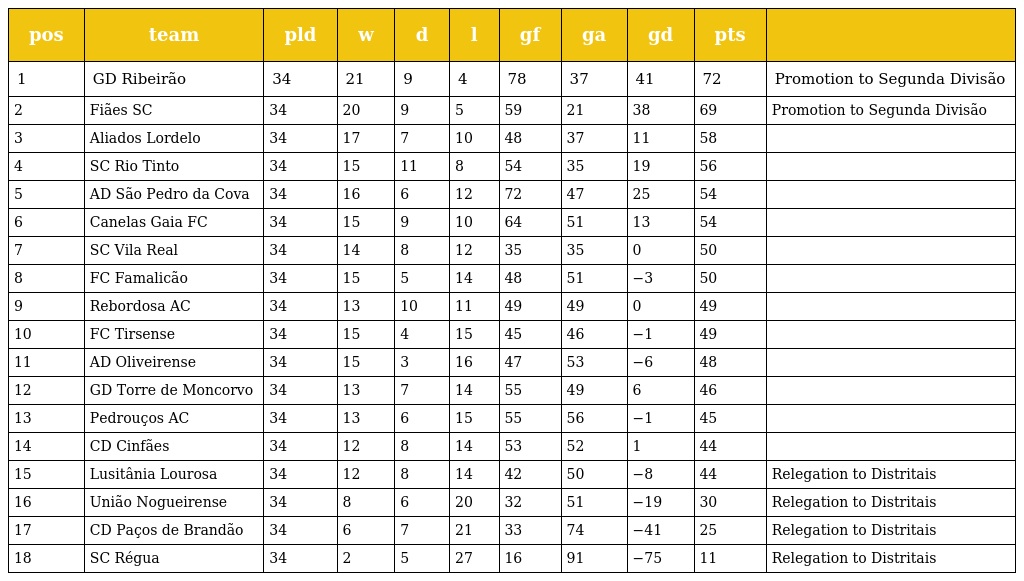
| pos | team | pld | w | d | l | gf | ga | gd | pts |  |
 | --- | --- | --- | --- | --- | --- | --- | --- | --- | --- | --- |
 | 1 | GD Ribeirão | 34 | 21 | 9 | 4 | 78 | 37 | 41 | 72 | Promotion to Segunda Divisão |
 | 2 | Fiães SC | 34 | 20 | 9 | 5 | 59 | 21 | 38 | 69 | Promotion to Segunda Divisão |
 | 3 | Aliados Lordelo | 34 | 17 | 7 | 10 | 48 | 37 | 11 | 58 |  |
 | 4 | SC Rio Tinto | 34 | 15 | 11 | 8 | 54 | 35 | 19 | 56 |  |
 | 5 | AD São Pedro da Cova | 34 | 16 | 6 | 12 | 72 | 47 | 25 | 54 |  |
 | 6 | Canelas Gaia FC | 34 | 15 | 9 | 10 | 64 | 51 | 13 | 54 |  |
 | 7 | SC Vila Real | 34 | 14 | 8 | 12 | 35 | 35 | 0 | 50 |  |
 | 8 | FC Famalicão | 34 | 15 | 5 | 14 | 48 | 51 | −3 | 50 |  |
 | 9 | Rebordosa AC | 34 | 13 | 10 | 11 | 49 | 49 | 0 | 49 |  |
 | 10 | FC Tirsense | 34 | 15 | 4 | 15 | 45 | 46 | −1 | 49 |  |
 | 11 | AD Oliveirense | 34 | 15 | 3 | 16 | 47 | 53 | −6 | 48 |  |
 | 12 | GD Torre de Moncorvo | 34 | 13 | 7 | 14 | 55 | 49 | 6 | 46 |  |
 | 13 | Pedrouços AC | 34 | 13 | 6 | 15 | 55 | 56 | −1 | 45 |  |
 | 14 | CD Cinfães | 34 | 12 | 8 | 14 | 53 | 52 | 1 | 44 |  |
 | 15 | Lusitânia Lourosa | 34 | 12 | 8 | 14 | 42 | 50 | −8 | 44 | Relegation to Distritais |
 | 16 | União Nogueirense | 34 | 8 | 6 | 20 | 32 | 51 | −19 | 30 | Relegation to Distritais |
 | 17 | CD Paços de Brandão | 34 | 6 | 7 | 21 | 33 | 74 | −41 | 25 | Relegation to Distritais |
 | 18 | SC Régua | 34 | 2 | 5 | 27 | 16 | 91 | −75 | 11 | Relegation to Distritais |